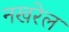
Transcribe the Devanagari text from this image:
नखरेल